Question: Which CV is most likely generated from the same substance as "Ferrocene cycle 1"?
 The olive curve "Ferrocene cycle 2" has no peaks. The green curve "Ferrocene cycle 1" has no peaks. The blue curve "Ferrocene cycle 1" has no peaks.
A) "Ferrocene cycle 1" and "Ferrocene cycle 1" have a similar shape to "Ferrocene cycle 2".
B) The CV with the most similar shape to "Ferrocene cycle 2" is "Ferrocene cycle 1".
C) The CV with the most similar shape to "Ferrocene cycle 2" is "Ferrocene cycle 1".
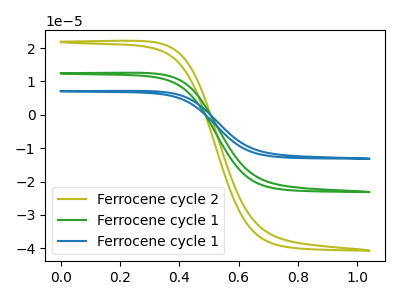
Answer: <think>Neither "Ferrocene cycle 2" or "Ferrocene cycle 1" have any peaks. Neither "Ferrocene cycle 2" or "Ferrocene cycle 1" have any peaks. Neither "Ferrocene cycle 1" or "Ferrocene cycle 1" have any peaks.
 </think>
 <answer>A) "Ferrocene cycle 1" and "Ferrocene cycle 1" have a similar shape to "Ferrocene cycle 2".</answer>
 <eval>A</eval>